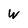
Character: W